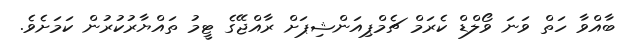
ބާއްވާ ހަތް ވަނަ ވޯލްޑް ކެރަމް ޗެމްޕިއަންޝިޕަށް ރާއްޖޭގެ ޓީމު ތައްޔާރުކުރުން ކަމަށެވެ.